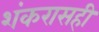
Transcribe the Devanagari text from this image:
शंकरासही